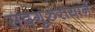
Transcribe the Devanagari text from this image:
सदगुरुरायानें